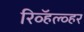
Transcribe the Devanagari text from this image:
रिव्हॅल्व्हर